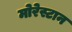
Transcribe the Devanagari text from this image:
मोरेस्टान